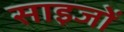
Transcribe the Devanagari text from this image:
साइजों